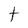
Character: t